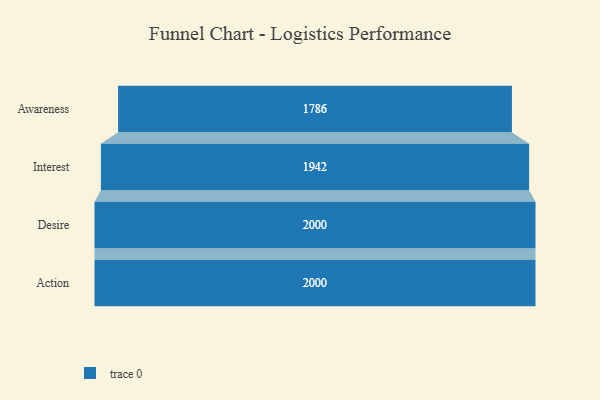
{"axis": {"x": "Stage", "y": "Value"}, "legend": [""], "data": [{"x": "Awareness", "y": 1786.0, "type": ""}, {"x": "Interest", "y": 1942.0, "type": ""}, {"x": "Desire", "y": 2000, "type": ""}, {"x": "Action", "y": 2000, "type": ""}]}